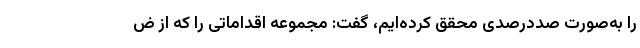
را به‌صورت صددرصدی محقق کرده‌ایم، گفت: مجموعه اقداماتی را که از ض